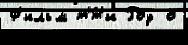
Ф'ильм т'́т'и Роу о